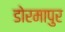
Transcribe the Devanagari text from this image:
डोरमापुर